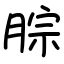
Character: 腙